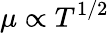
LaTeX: \mu\propto T^{1/2}